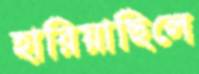
হারিয়াছিলে